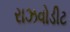
રાઝવોડીટ